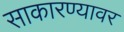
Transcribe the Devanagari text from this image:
साकारण्यावर